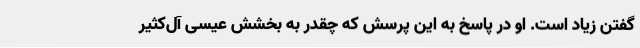
گفتن زیاد است. او در پاسخ به این پرسش که چقدر به بخشش عیسی آل‌کثیر